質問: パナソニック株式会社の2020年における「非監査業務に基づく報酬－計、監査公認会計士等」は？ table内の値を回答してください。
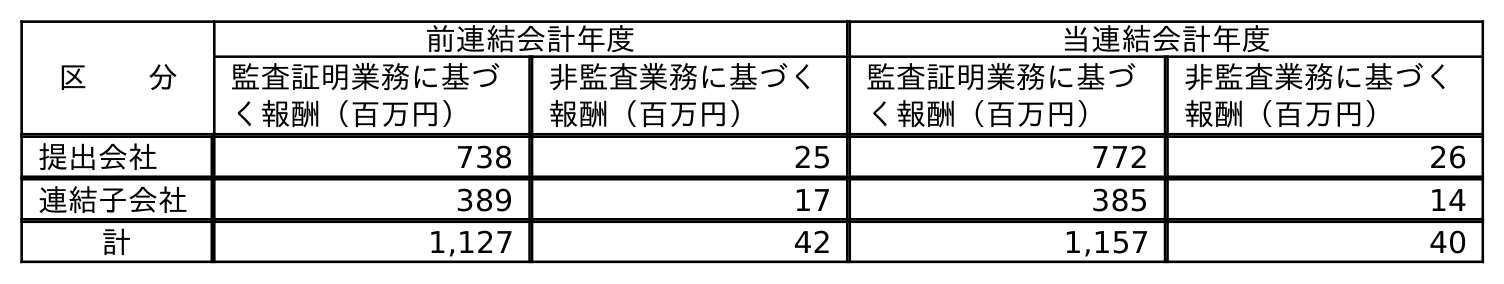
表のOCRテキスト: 区  分 前連結会計年度 当連結会計年度 監査証明業務に基づ く報酬（百万円） 非監査業務に基づく 報酬（百万円） 監査証明業務に基づ く報酬（百万円） 非監査業務に基づく 報酬（百万円） 提出会社 738 25 772 26 連結子会社 389 17 385 14 計 1,127 42 1,157 40
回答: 40